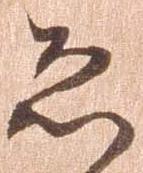
恐